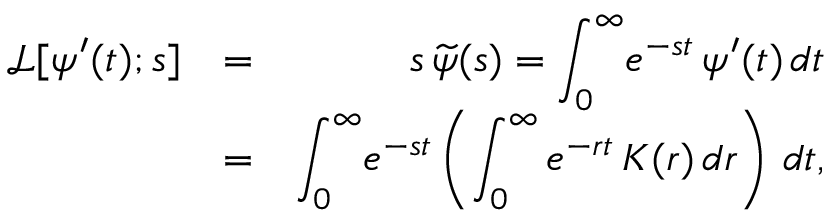
\begin{array} { r l r } { \mathcal { L } [ \psi ^ { \prime } ( t ) ; s ] } & { = } & { s \, \widetilde \psi ( s ) = { \displaystyle \int _ { 0 } ^ { \infty } \! e ^ { - s t } \, \psi ^ { \prime } ( t ) \, d t } } \\ & { = } & { { \displaystyle \int _ { 0 } ^ { \infty } \! e ^ { - s t } \left( \int _ { 0 } ^ { \infty } e ^ { - r t } \, K ( r ) \, d r \right) \, d t } , } \end{array}